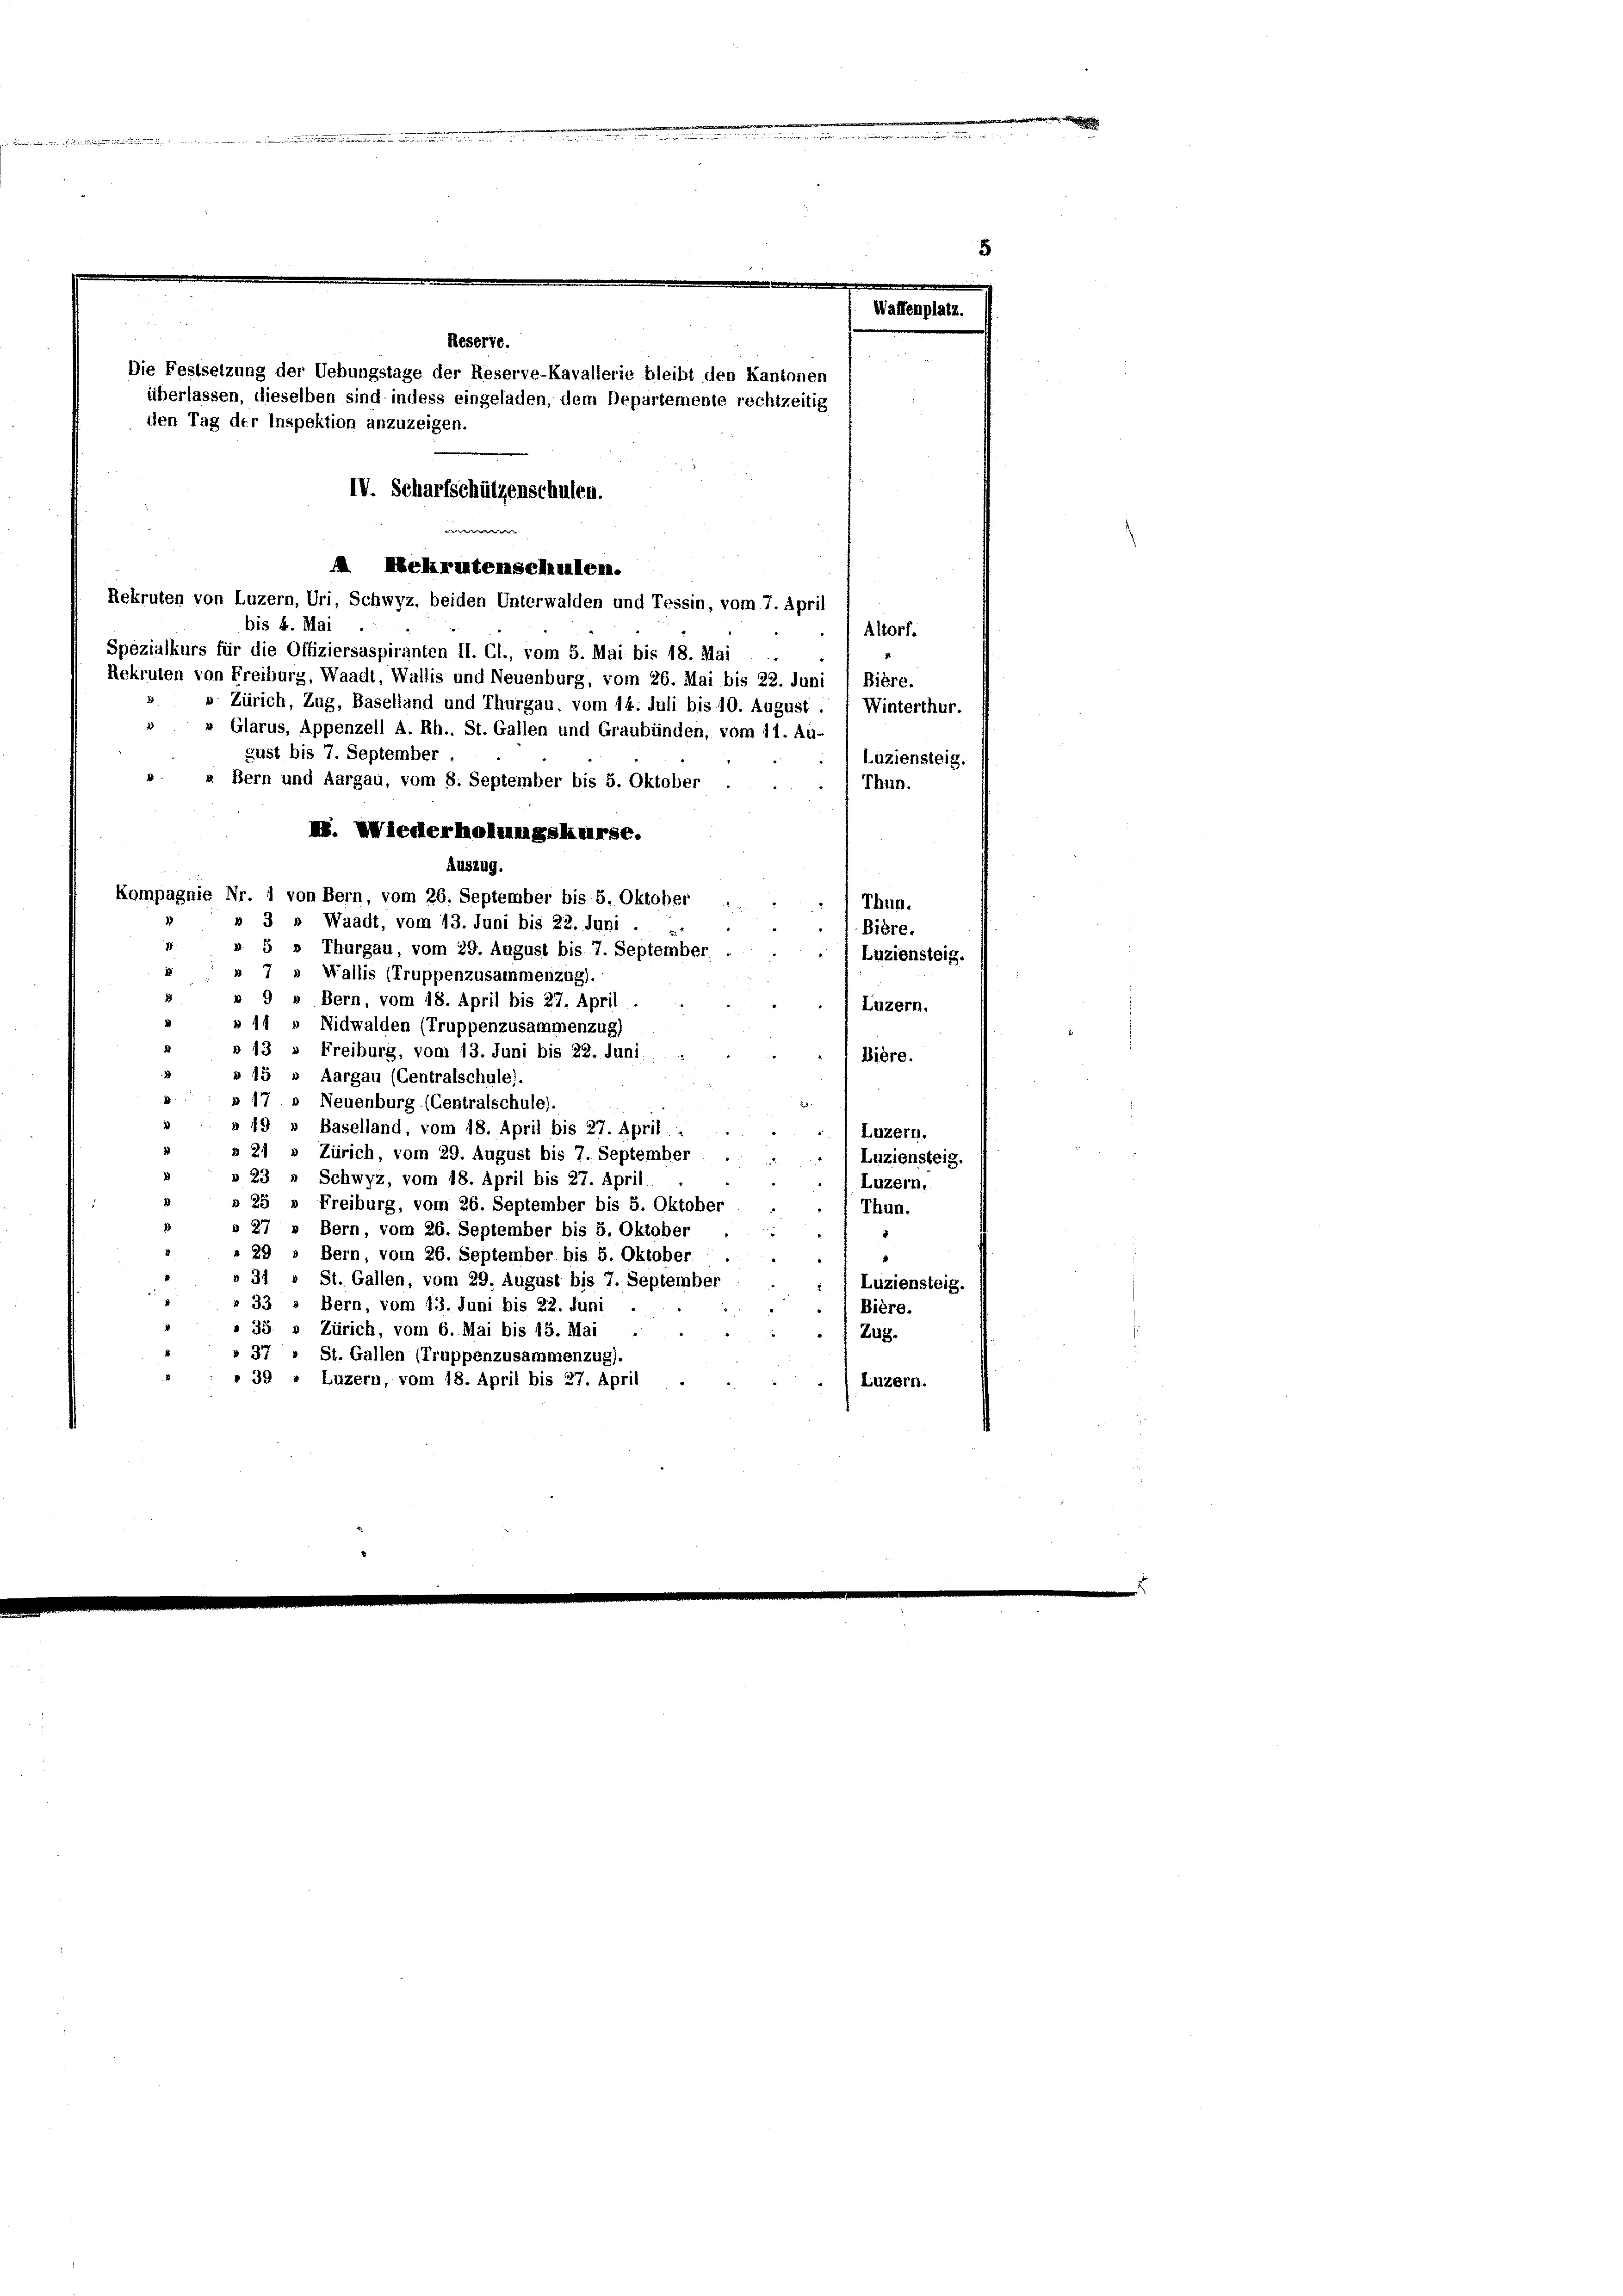
e

Reserte.
Die Festsetzung der Uebungstage der Reserve-Kavallerie bleibt den Kantonen
überlassen, dieselben sind indess eingeladen, dem Departemente rechtzeitig
den Tag der Inspektion anzuzeigen.
|
IV. Scharfschützenschulen.
e
 Nekrutenschulen.
Rekruten von Luzern, Uri, Schwyz, beiden Unterwalden und Tessin, vom 7. April
bis 4. Mai
Altorf.
Spezialkurs für die Offiziersaspiranten II. Cl., vom 5. Mai bis 18. Mai
Rekruten von Freiburg, Waadt, Wallis und Neuenburg, vom 26. Mai bis 22. Juni 1 Bière.
» Zürich, Zug, Baselland und Thurgau, vom 14. Juli bis 10. August :
Winterthur.
» Glarus, Appenzell A. Rh., St. Gallen und Graubünden, vom 11. Au-
gust bis 7. September.
Luziensteig.

» Bern und Aargau, vom 8. September bis 5. Oktober
. Wiederholungskurse.
Auszug.
Kompagnie Nr. 1 von Bern, vom 26. September bis 5. Oktober
Thun.
» 3 » Waadt, vom 13. Juni bis 22. Juni
Bière.
» 5 » Thurgau, vom 29. August bis. 7. September
Luziensteig.
» 7 » Wallis (Truppenzusammenzug).
» 9 » Bern, vom 18. April bis 27. April
(Luzern.
§ 11
Nidwalden (Truppenzusammenzug)
13 » Freiburg, vom 13. Juni bis 22. Juni
Bière.
» 15 " Aargau (Centralschule).
Neuenburg (Centralschule).
 19
Baselland, vom 18. April bis 27. April.
Luzern.
» 21 » Zürich, vom 29. August bis 7. September
Luziensteig.
» 23 " Schwyz, vom 18. April bis 27. April
Luzern.
» 25 " Freiburg, vom 26. September bis 5. Oktober
Thun.
» 27 » Bern, vom 26. September bis 5. Oktober
.
» 29 . Bern, vom 26. September bis 5. Oktober
.
§ 31
St. Gallen, vom 29. August bis 7. September
Luziensteig.
» 33 » Bern, vom 13. Juni bis 22. Juni
Bière.
» 35. » Zürich, vom 6. Mai bis 15. Mai
Zug.
37
St. Gallen (Truppenzusammenzug).
» 39 " Luzern, vom 18. April bis 27. April
Luzern.

Thun.